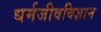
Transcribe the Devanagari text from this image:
धर्मजीवविज्ञान